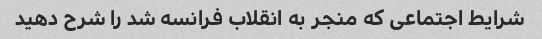
شرایط اجتماعی که منجر به انقلاب فرانسه شد را شرح دهید